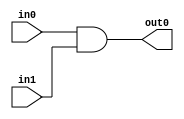
`timescale 1ns / 1ps

module and2_gate(
        input in0,
        input in1,
        output out0
    );

        assign out0 = in0 & in1;
        
endmodule